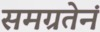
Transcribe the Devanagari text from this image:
समग्रतेनं